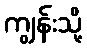
ကျွန်းသို့